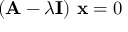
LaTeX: ( \mathbf { A } - \lambda \mathbf { I } ) ~ \mathbf { x } = 0